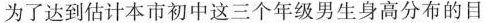
为了达到估计本市初中这三个年级男生身高分布的目